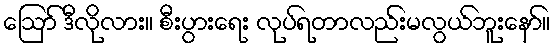
ဪ ဒီလိုလား။ စီးပွားရေး လုပ်ရတာလည်းမလွယ်ဘူးနော်။